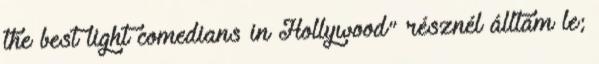
the best light comedians in Hollywood" résznél álltam le;